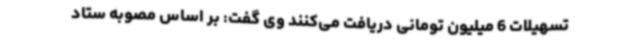
تسهیلات 6 میلیون تومانی دریافت می‌کنند وی گفت: بر اساس مصوبه ستاد